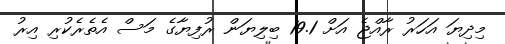
މިދިޔަ އަހަރު ރާއްޖެ އަށް 19.1 ބިލިޔަން ރުފިޔާގެ މަސް އެތެރެކުރި އިރު